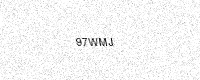
Text: 97WMJ